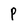
Character: p